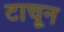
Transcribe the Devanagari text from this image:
टाचून